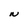
Character: N